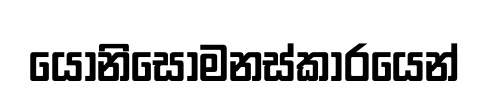
යෝනිසෝමනස්කාරයෙන්